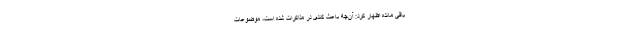
باقی مانده اظهار کرد: آن‌چه باعث کندی در مذاکرات شده است، موضوعات